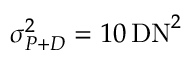
\sigma _ { P + D } ^ { 2 } = 1 0 \, \mathrm { D N } ^ { 2 }